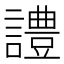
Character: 𧬹